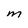
Character: M